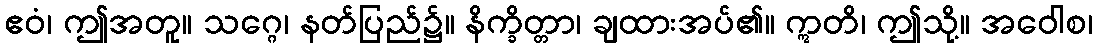
ဧဝံ၊ ဤအတူ။ သဂ္ဂေ၊ နတ်ပြည်၌။ နိက္ခိတ္တာ၊ ချထားအပ်၏။ ဣတိ၊ ဤသို့။ အဝေါစ၊